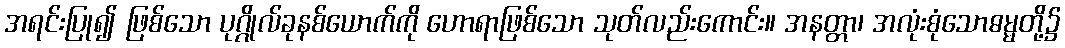
အရင်းပြု၍ ဖြစ်သော ပုဂ္ဂိုလ်ခုနစ်ယောက်ကို ဟောရာဖြစ်သော သုတ်လည်းကောင်း။ အနတ္တာ၊ အလုံးစုံသောဓမ္မတို့၌